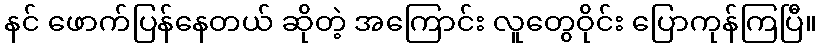
နင် ဖောက်ပြန်နေတယ် ဆိုတဲ့ အကြောင်း လူတွေဝိုင်း ပြောကုန်ကြပြီ။